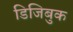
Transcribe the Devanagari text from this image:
डिजिबुक